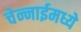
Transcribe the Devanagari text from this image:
चेन्नाईमध्ये